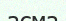
асма